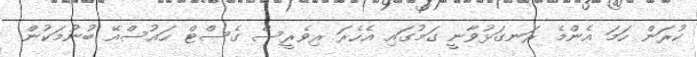
ކުރަން ހަމަ އެންމެ ރަނގަޅުވާނީ ގަމުގައި އެހެރަ ރިވެރީސް ގެސްޓް ހައުސްއޭ ބުނުމަކުން